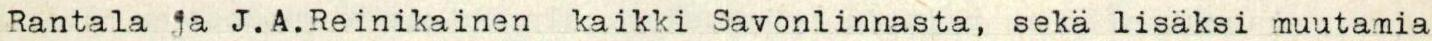
Rantala ja J.A.Reinikainen kaikki Savonlinnasta, sekä lisäksi muutamia